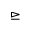
\trianglerighteq